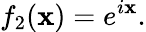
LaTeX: f_{2}(\mathbf{x})=e^{i\mathbf{x}}.